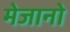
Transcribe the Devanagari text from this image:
मेजानो